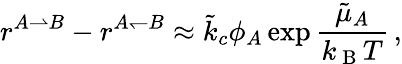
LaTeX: r^{A\rightharpoonup B}-r^{A\leftharpoondown B}\approx\tilde{k}_{c}\phi_{A}\exp{\frac{\tilde{\mu}_{A}}{k_{\mathrm{~B~}}T}}\, ,